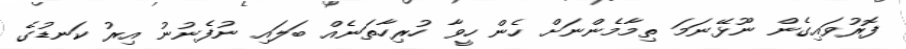
ފޮރުވައިގެން ނޫޅޭނަމަ ތިމާމެންނަށް ހެން ހީވާ ހުރިހާތަނެއް ބަލައި ނުފެނުނު އިރު ކަނޑުގެ